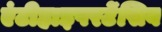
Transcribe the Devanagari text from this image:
एंटीहाइपरटेंसिव